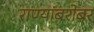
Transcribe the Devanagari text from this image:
राण्यांबरोबर